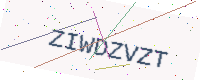
Text: ZIWDZVZT